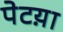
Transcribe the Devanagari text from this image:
पेटय़ा